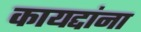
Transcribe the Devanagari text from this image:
कायद्दांना